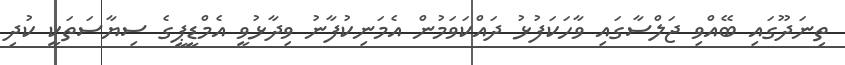
ތިނަދޫގައި ބޭއްވި ޖަލްސާގައި ވާހަކަފުޅު ދައްކަވަމުން އެމަނިކުފާނު ވިދާޅުވީ އެމްޑީޕީގެ ސިޔާސަތަކީ ކުދި